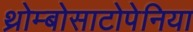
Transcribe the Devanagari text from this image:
थ्रोम्बोसाटोपेनिया